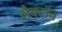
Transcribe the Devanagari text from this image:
लैक्टॉन